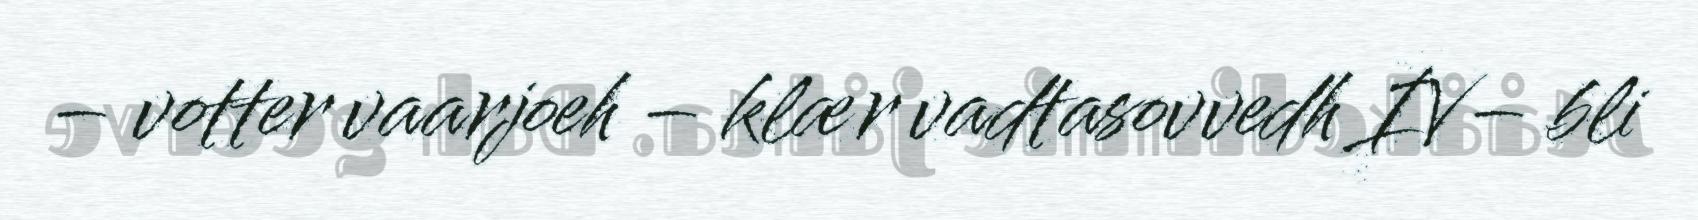
– votter vaarjoeh – klær vadtasovvedh IV– bli